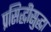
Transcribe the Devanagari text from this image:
प्रसिद्धीसुद्धा